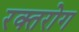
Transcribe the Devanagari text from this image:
रक्तरोग